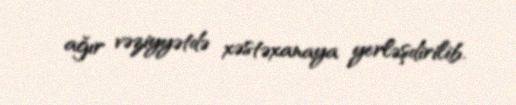
ağır vəziyyətdə xəstəxanaya yerləşdirilib.